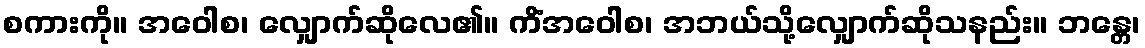
စကားကို။ အဝေါစ၊ လျှောက်ဆိုလေ၏။ ကိံအဝေါစ၊ အဘယ်သို့လျှောက်ဆိုသနည်း။ ဘန္တေ၊